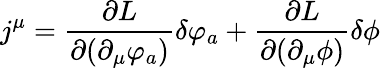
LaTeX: j^{\mu}=\frac{\partial L}{\partial(\partial_{\mu}\varphi_{a})}\delta\varphi_{a}+\frac{\partial L}{\partial(\partial_{\mu}\phi)}\delta\phi